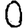
Digit: 0